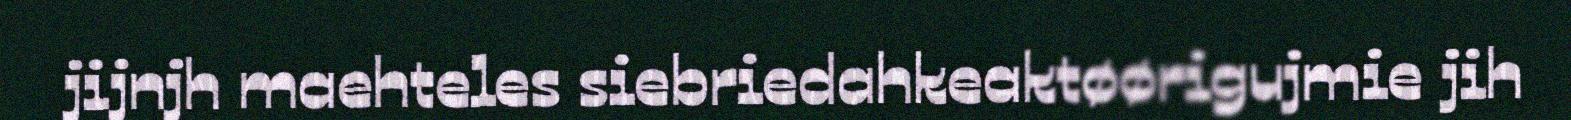
jijnjh maehteles siebriedahkeaktøørigujmie jih